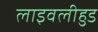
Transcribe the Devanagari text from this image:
लाइवलीहुड